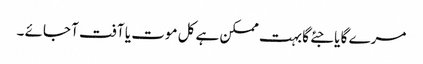
مرے گا یا جئے گا بہت ممکن ہے کل موت یا آفت آ جائے ۔